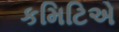
કમિટિએ